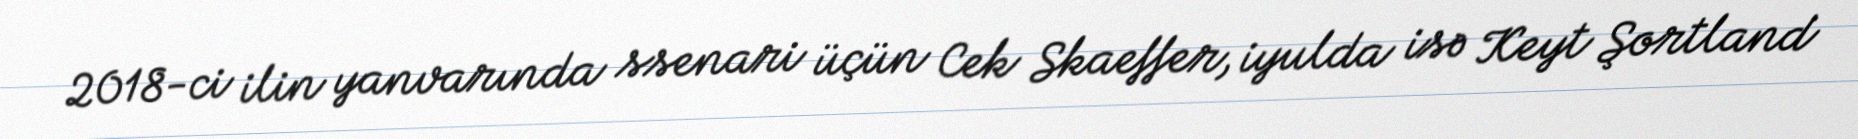
2018-ci ilin yanvarında ssenari üçün Cek Skaeffer, iyulda isə Keyt Şortland